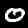
Label: 0